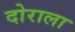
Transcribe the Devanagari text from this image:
दोराला